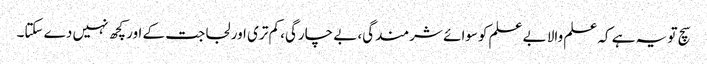
سچ تو یہ ہے کہ علم والا بے علم کوسوائے شرمندگی، بے چارگی، کم تری اور لجاجت کے اور کچھ نہیں دے سکتا۔